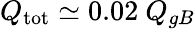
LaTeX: Q_{\mathrm{tot}}\simeq 0.02\ Q_{gB}